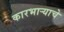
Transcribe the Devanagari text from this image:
कारभाऱ्याचे